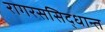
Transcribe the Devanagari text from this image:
रागरससिद्धान्त